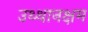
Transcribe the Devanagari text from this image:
उथ्थानक्षम